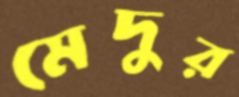
মেদুর